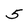
Character: 5